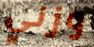
وزني